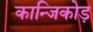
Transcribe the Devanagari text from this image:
कान्जिकोड़